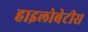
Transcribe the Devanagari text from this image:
हाइलोबेटीस